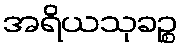
အရိယသုခဉ္စ